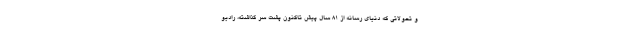
و تحولاتی که دنیای رسانه از ۸۱ سال پیش تاکنون پشت سر گذاشته، رادیو